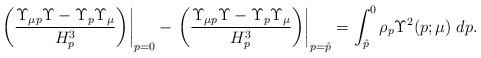
LaTeX: \begin{align*} \left.\left( \dfrac{\Upsilon_{\mu p}\Upsilon-\Upsilon_p \Upsilon_{\mu}}{H_p^3}\right)\right|_{p=0}-\left.\left(\dfrac{\Upsilon_{\mu p}\Upsilon-\Upsilon_p \Upsilon_{\mu}}{H_p^3}\right)\right|_{p=\hat{p}}=\int_{\hat{p}}^{0} \rho_p \Upsilon^2(p;\mu)\;dp.\end{align*}